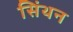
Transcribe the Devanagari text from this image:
सिंथन